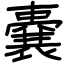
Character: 嚢